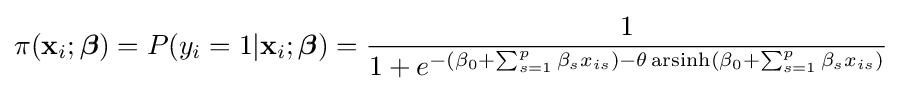
\pi (\mathbf {x} _{i};{\boldsymbol {\beta }})=P(y_{i}=1|\mathbf {x} _{i};{\boldsymbol {\beta }})={\frac {1}{1+e^{-(\beta _{0}+\sum _{s=1}^{p}{\beta _{s}x_{is}})-\theta \operatorname {arsinh} (\beta _{0}+\sum _{s=1}^{p}{\beta _{s}x_{is}})}}}